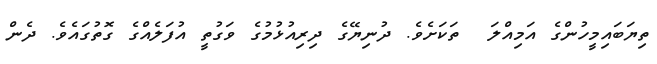
ތިޔަބައިމީހުންގެ އަމިއްލަ  ތަކަށެވެ. ދުނިޔޭގެ ދިރިއުޅުމުގެ ވަގުތީ އުފަލެއްގެ ގޮތުގައެވެ. ދެން